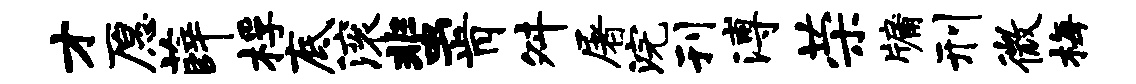
才愿薛桴底滚蜚肯舛屠浣刊溥荣牖刑微梅